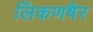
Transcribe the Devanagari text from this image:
लिंकणषैर